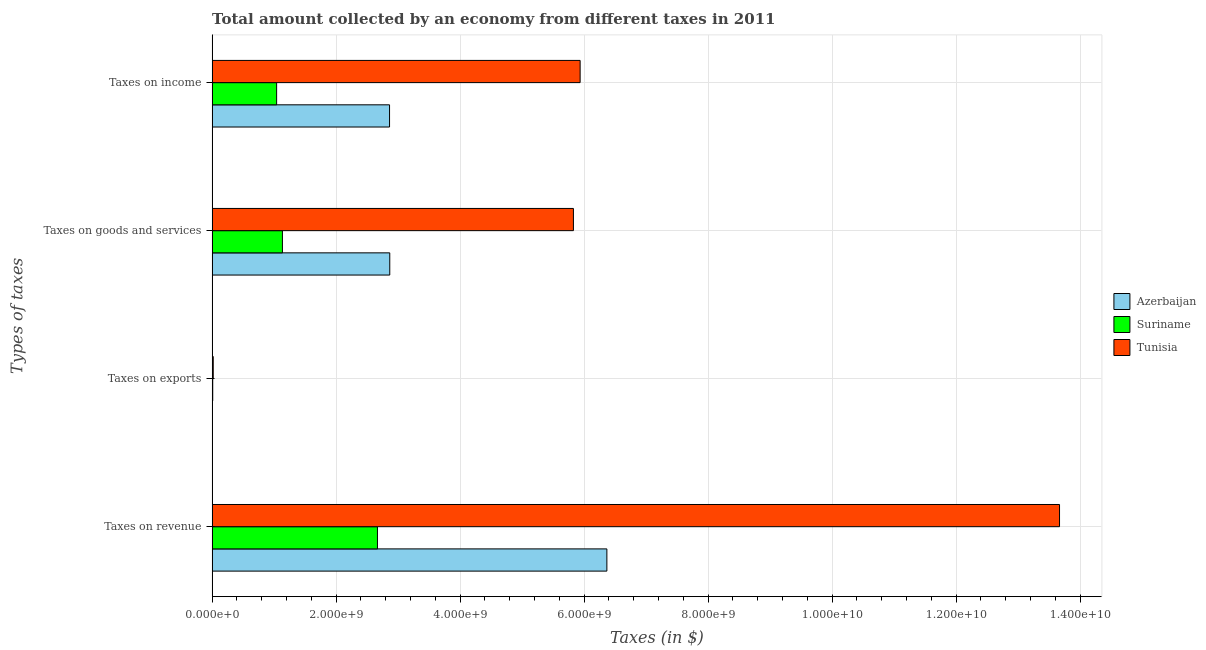
| Types of taxes | Azerbaijan | Suriname | Tunisia |
 | --- | --- | --- | --- |
 | Taxes on revenue | 6.37e+09 | 2.67e+09 | 1.37e+10 |
 | Taxes on exports | 2e+05 | 9.93e+06 | 1.8e+07 |
 | Taxes on goods and services | 2.87e+09 | 1.13e+09 | 5.83e+09 |
 | Taxes on income | 2.86e+09 | 1.04e+09 | 5.94e+09 |